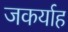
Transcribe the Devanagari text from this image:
जकर्याह